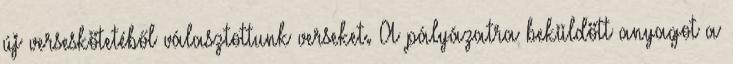
új verseskötetéből választottunk verseket. A pályázatra beküldött anyagot a